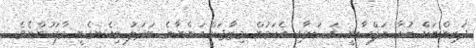
ދަރިންނަށް ކުރާ ނަފްސާނީ އަސަރާއި އެކަމުން މިޒާޖަށް އަންނާނެ ބަދަލު މިއެނގެނީ މާފަހުންނެވެ.